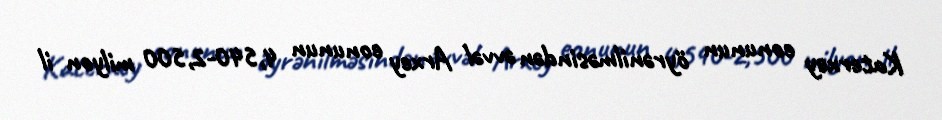
Katerxey eonunun öyrənilməsindən əvvəl Arxey eonunun 4,540-2,500 milyon il